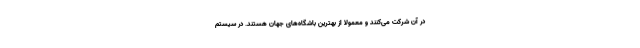
در آن شرکت می‌کنند و معمولا از بهترین باشگاه‌های جهان هستند. در سیستم